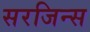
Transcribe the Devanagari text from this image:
सरजिन्स